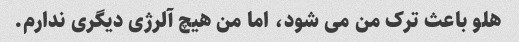
هلو باعث ترک من می شود، اما من هیچ آلرژی دیگری ندارم.